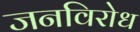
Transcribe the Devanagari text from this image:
जनविरोध